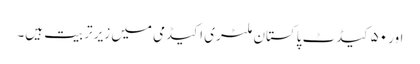
اور ۵۰ کیڈٹ پاکستان ملٹری اکیڈمی میں زیر تربیت ہیں۔